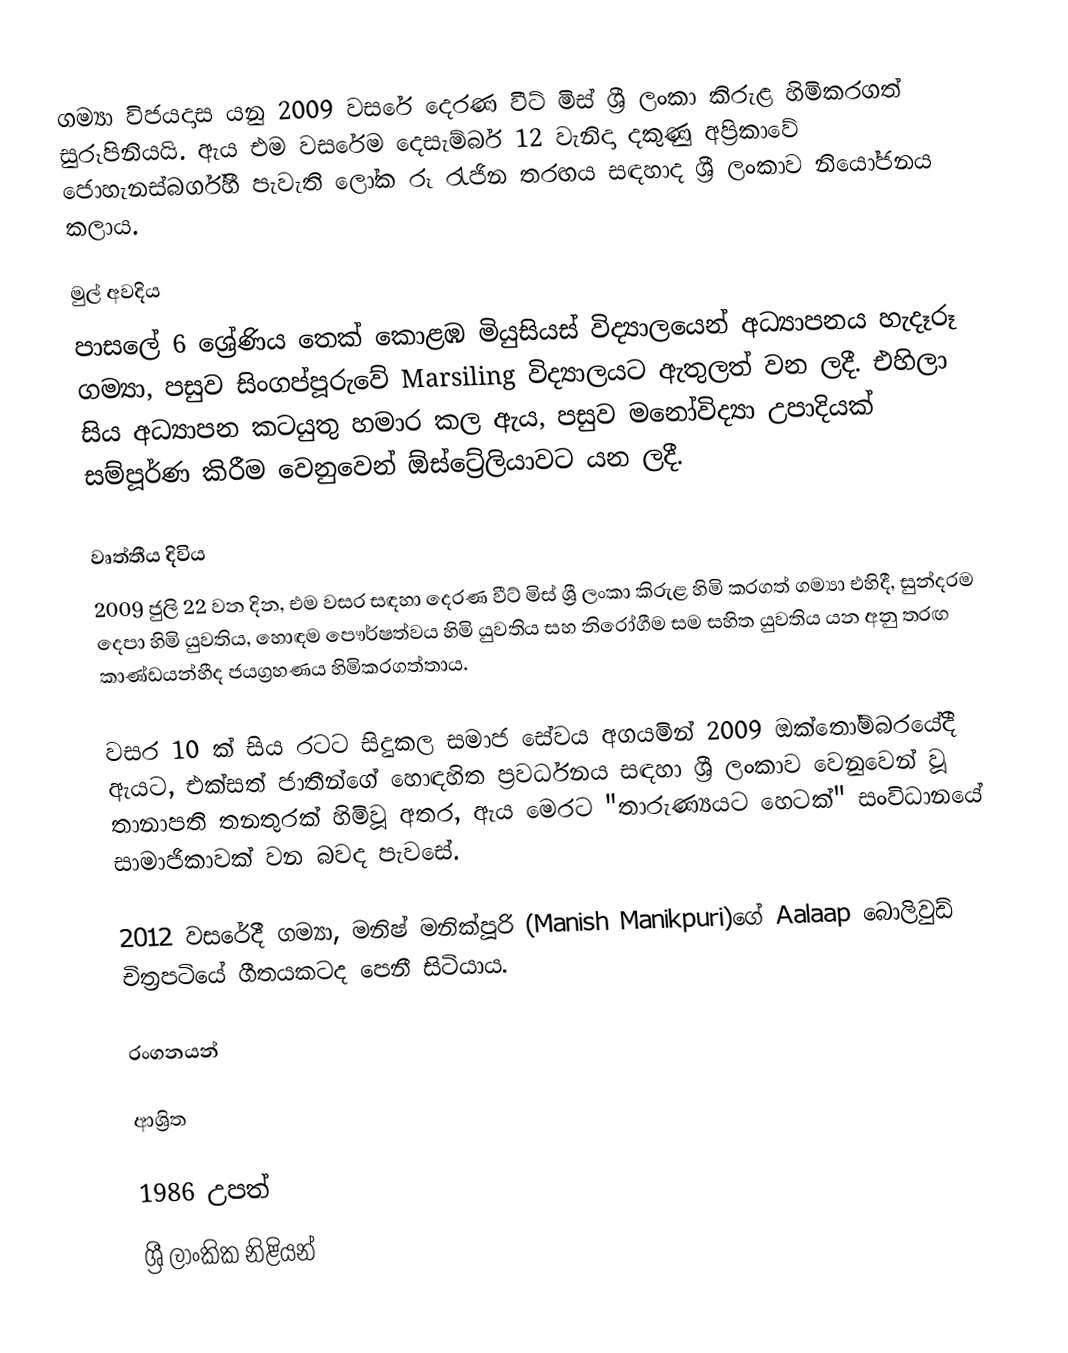
ගම්‍යා විජයදාස යනු 2009 වසරේ දෙරණ වීට් මිස් ශ්‍රී ලංකා කිරුළ හිමිකරගත් සුරූපිනියයි. ඇය එම වසරේම දෙසැම්බර් 12 වැනිදා දකුණු අප්‍රිකාවේ ජොහැනස්බර්ග්හී පැවැති ලෝක රූ රැජින තරඟය සඳහාද ශ්‍රී ලංකාව නියෝජනය කලාය.

මුල් අවදිය
පාසලේ 6 ශ්‍රේණිය තෙක් කොළඹ මියුසියස් විද්‍යාලයෙන් අධ්‍යාපනය හැදෑරූ ගම්‍යා, පසුව සිංගප්පූරුවේ Marsiling විද්‍යාලයට ඇතුලත් වන ලදී. එහිලා සිය අධ්‍යාපන කටයුතු හමාර කල ඇය, පසුව මනෝවිද්‍යා උපාදියක් සම්පූර්ණ කිරීම වෙනුවෙන් ඕස්ට්‍රේලියාවට යන ලදී.

වෘත්තීය දිවිය
2009 ජුලි 22 වන දින, එම වසර සඳහා දෙරණ වීට් මිස් ශ්‍රී ලංකා කිරුළ හිමි කරගත් ගම්‍යා එහිදී, සුන්දරම දෙපා හිමි යුවතිය, හොඳම පෞර්ෂත්වය හිමි යුවතිය සහ නිරෝගීම සම සහිත යුවතිය යන අනු තරඟ කාණ්ඩයන්හීද ජයග්‍රහණය හිමිකරගත්තාය.

වසර 10 ක් සිය රටට සිදුකල සමාජ සේවය අගයමින් 2009 ඔක්තෝම්බරයේදී ඇයට, එක්සත් ජාතීන්ගේ හොඳහිත ප්‍රවර්ධනය සඳහා ශ්‍රී ලංකාව වෙනුවෙන් වූ තානාපති තනතුරක් හිමිවූ අතර, ඇය මෙරට "තාරුණ්‍යයට හෙටක්" සංවිධානයේ සාමාජිකාවක් වන බවද පැවසේ.

2012 වසරේදී ගම්‍යා, මනිෂ් මනික්පූරි (Manish Manikpuri)ගේ Aalaap බොලිවුඩ් චිත්‍රපටියේ ගීතයකටද පෙනී සිටියාය.

රංගනයන්

ආශ්‍රිත

1986 උපත්
ශ්‍රී ලාංකික නිළියන්